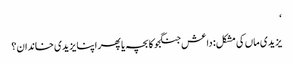
‘
یزیدی ماں کی مشکل: داعش جنگجو کا بچہ یا پھر اپنا یزیدی خاندان؟